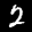
Label: 2